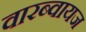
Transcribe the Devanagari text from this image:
वारब्वायज